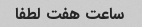
ساعت هفت لطفا